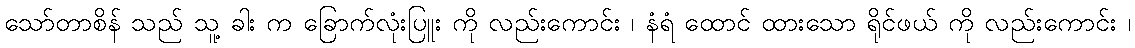
သော်တာစိန် သည် သူ့ ခါး က ခြောက်လုံးပြူး ကို လည်းကောင်း ၊ နံရံ ထောင် ထားသော ရိုင်ဖယ် ကို လည်းကောင်း ၊